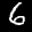
Label: 6